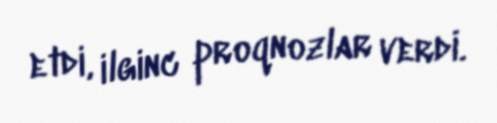
etdi, ilginc proqnozlar verdi.